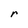
Character: r